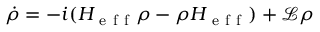
\dot { \rho } = - i ( H _ { \mathrm { ~ e ~ f ~ f ~ } } \rho - \rho H _ { \mathrm { ~ e ~ f ~ f ~ } } ) + \mathcal { L } \rho